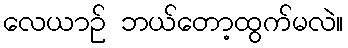
လေယာဉ် ဘယ်တော့ထွက်မလဲ။